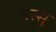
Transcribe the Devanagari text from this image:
नस्सु